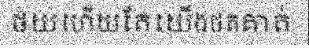
ថយហើយតែយើងថតគាត់